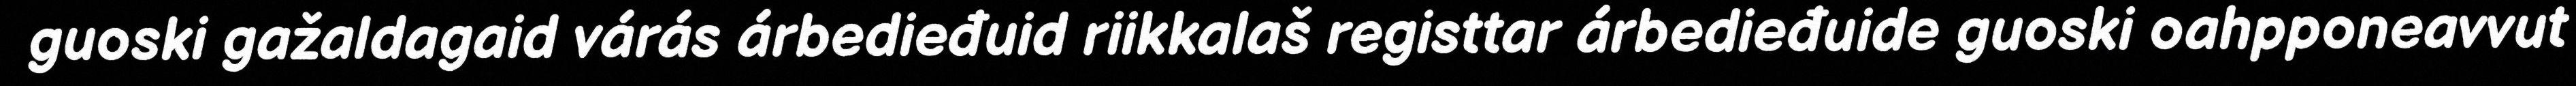
guoski gažaldagaid várás árbedieđuid riikkalaš registtar árbedieđuide guoski oahpponeavvut